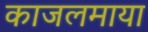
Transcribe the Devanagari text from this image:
काजलमाया